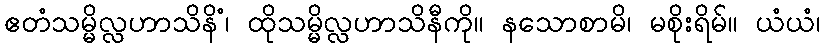
ဧတံသမ္မိလ္လဟာသိနိံ၊ ထိုသမ္မိလ္လဟာသိနီကို။ နသောစာမိ၊ မစိုးရိမ်။ ယံယံ၊